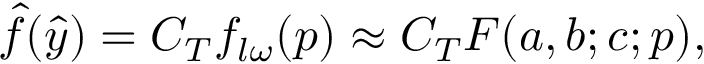
\hat { f } ( \hat { y } ) = C _ { T } f _ { l \omega } ( p ) \approx C _ { T } F ( a , b ; c ; p ) ,